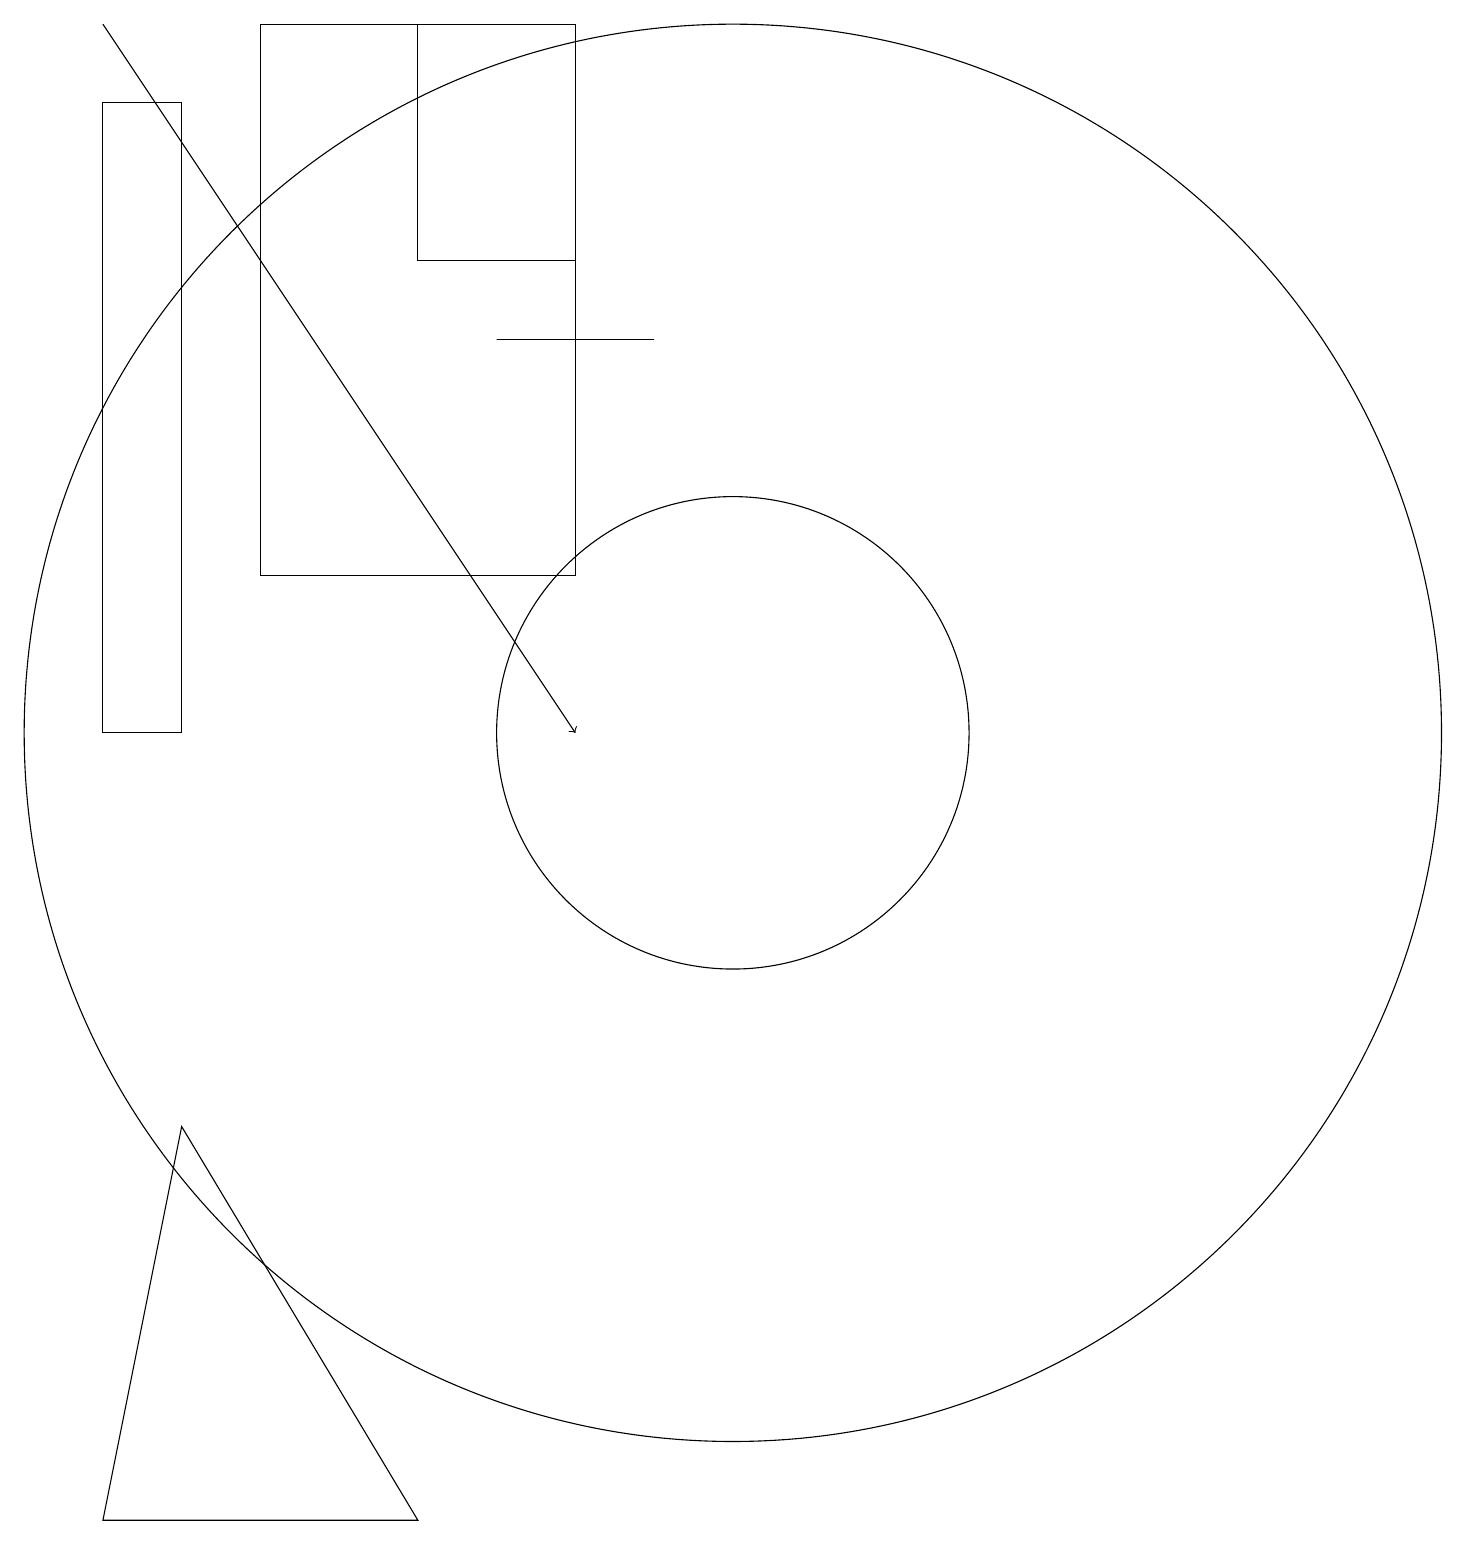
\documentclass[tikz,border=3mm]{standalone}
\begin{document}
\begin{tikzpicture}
\draw[->] (2,19) -- (8,10);
\draw (10,10) circle (9);
\draw (8,19) rectangle (4,12);
\draw (7,15) rectangle (9,15);
\draw (6,19) rectangle (8,16);
\draw (3,18) rectangle (2,10);
\draw (2,0) -- (6,0) -- (3,5) -- cycle;
\draw (10,10) circle (3);
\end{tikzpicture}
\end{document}